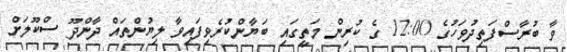
ވާ ބުރާސްފަތިދުވަހުގެ 12:00 ގެ ކުރިން މަތީގައި ބަޔާންކުރެވިފައިވާ ލިޔުންތައް ދާންދޫ ސްކޫލަށް